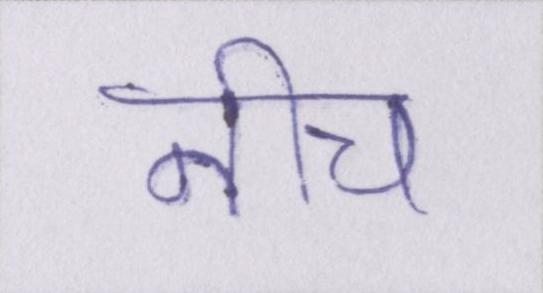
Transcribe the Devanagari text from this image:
नीच